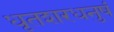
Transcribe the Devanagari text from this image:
धृतशरधनुषं